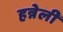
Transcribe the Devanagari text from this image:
हन्नेली